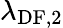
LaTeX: \lambda_{\mathrm{DF},2}